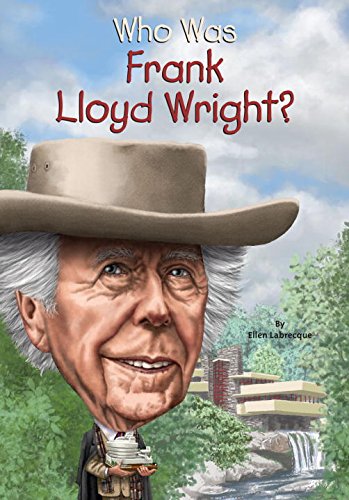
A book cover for Who Was Frank Lloyd Wright?; Ellen Labrecque; Children's Books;